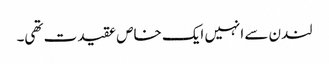
لندن سے انہیں ایک خاص عقیدت تھی۔